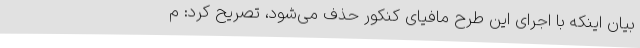
بیان اینکه با اجرای این طرح مافیای کنکور حذف می‌شود، تصریح کرد: م